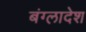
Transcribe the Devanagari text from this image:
बंग्‍लादेश